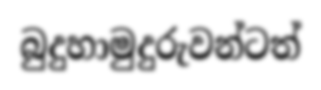
බුදුහාමුදුරුවන්ටත්